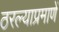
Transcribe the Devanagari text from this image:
ठरल्याप्रमाणें